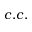
c . c .